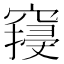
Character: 𱷓